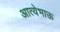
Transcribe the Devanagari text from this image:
आत्येभाऊ